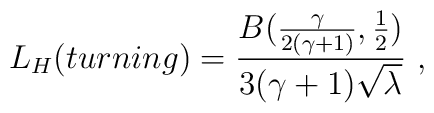
L_H(turning) =\frac{B(\frac{\gamma}{2(\gamma+1)},\frac12)}{3(\gamma+1)\sqrt{\lambda}}\ ,